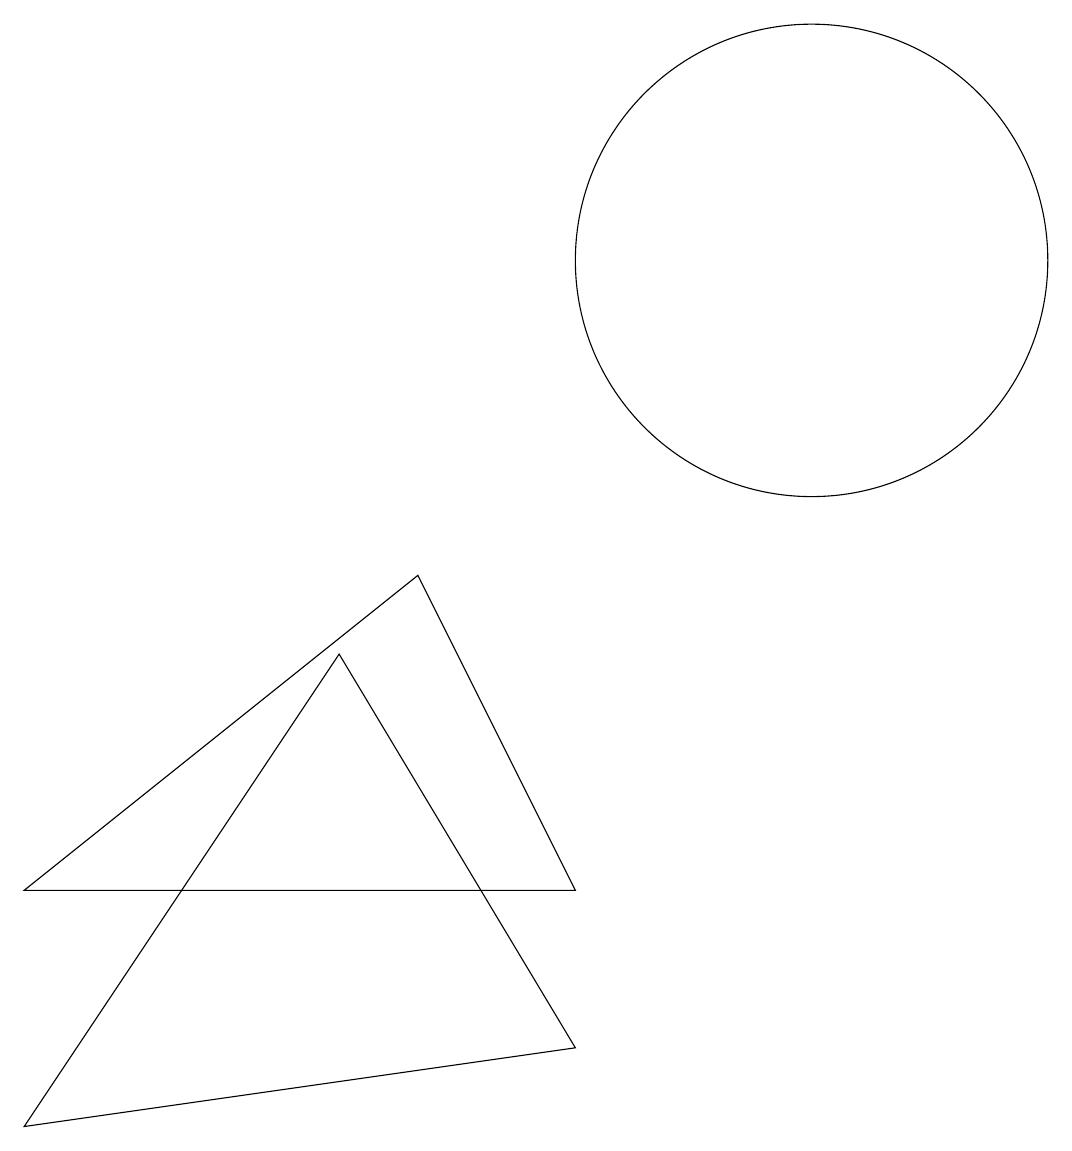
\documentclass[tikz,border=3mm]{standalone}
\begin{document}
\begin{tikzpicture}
\draw (11,11) circle (3);
\draw (1,0) -- (8,1) -- (5,6) -- cycle;
\draw (8,3) -- (1,3) -- (6,7) -- cycle;
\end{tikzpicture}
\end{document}